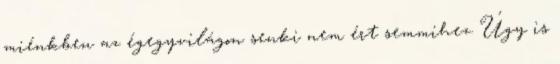
miénkben az égegyvilágon senki nem ért semmihez. Úgy is